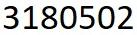
3180502